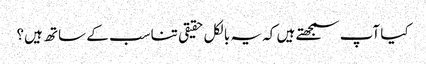
کیا آپ سمجھتے ہیں کہ یہ بالکل حقیقی تناسب کے ساتھ ہیں؟